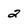
Character: 2